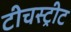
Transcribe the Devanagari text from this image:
टीचस्ट्रीट